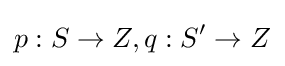
p:S\to Z,q:S'\to Z